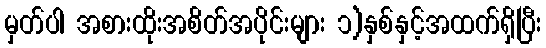
မှတ်ပါ အစားထိုးအစိတ်အပိုင်းများ ၁)နှစ်နှင့်အထက်ရှိပြီး